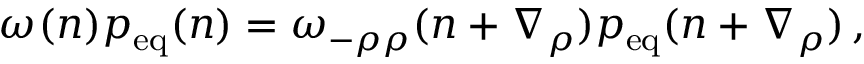
\omega _ { } ( \boldsymbol n ) p _ { \mathrm { e q } } ( \boldsymbol n ) = \omega _ { - \rho \rho } ( \boldsymbol n + \boldsymbol { \nabla } _ { \rho } ) p _ { \mathrm { e q } } ( \boldsymbol n + \boldsymbol { \nabla } _ { \rho } ) \, ,